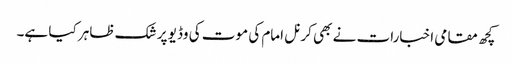
کچھ مقامی اخبارات نے بھی کرنل امام کی موت کی وڈیو پر شک ظاہر کیا ہے۔